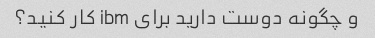
و چگونه دوست دارید برای ibm کار کنید؟